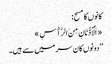
کانوں کا مسح:
«اَلْأُذُنَانِ مِنَ الرَّأْسِ»
’’دونوں کان سر میں سے ہیں۔